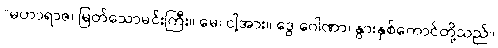
“မဟာရာဇ၊ မြတ်သောမင်းကြီး။ မေ၊ ငါ့အား။ ဒွေ ဂေါဏာ၊ နွားနှစ်ကောင်တို့သည်။